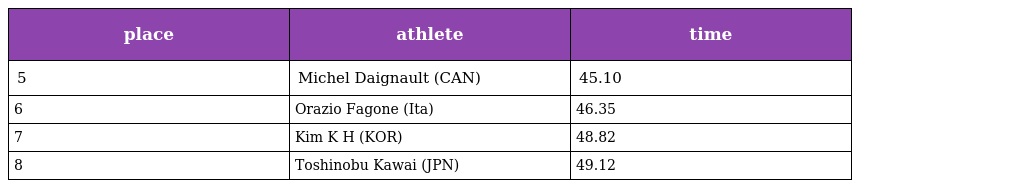
| place | athlete | time |
 | --- | --- | --- |
 | 5 | Michel Daignault (CAN) | 45.10 |
 | 6 | Orazio Fagone (Ita) | 46.35 |
 | 7 | Kim K H (KOR) | 48.82 |
 | 8 | Toshinobu Kawai (JPN) | 49.12 |